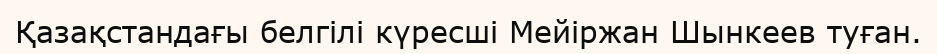
Қазақстандағы белгілі күресші Мейіржан Шынкеев туған.